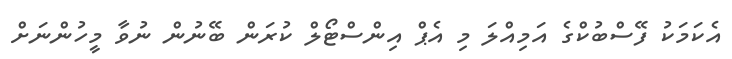
އެކަމަކު ފޭސްބުކްގެ އަމިއްލަ މި އެޕް އިންސްޓޯލް ކުރަން ބޭނުން ނުވާ މީހުންނަށް